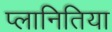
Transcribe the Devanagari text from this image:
प्लानितिया